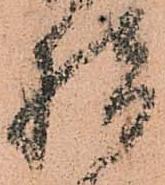
指